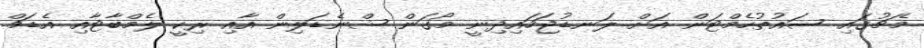
މެޗުގައި ސައުތުހެމްޓަން އަށް ލަނޑުޖަހައިދިނީ މޯގަން ޝްނެޑަލިން އާއި ރިކީ ލެމްބާޓާއި އެޑަމް